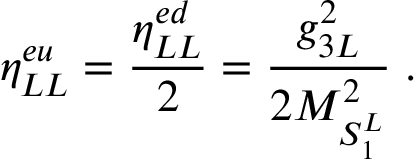
\eta _ { L L } ^ { e u } = \frac { \eta _ { L L } ^ { e d } } { 2 } = \frac { g _ { 3 L } ^ { 2 } } { 2 M _ { { \cal S } _ { 1 } ^ { L } } ^ { 2 } } \; .